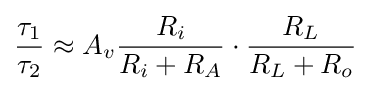
{\frac {\tau _{1}}{\tau _{2}}}\approx A_{v}{\frac {R_{i}}{R_{i}+R_{A}}}\cdot {\frac {R_{L}}{R_{L}+R_{o}}}\